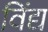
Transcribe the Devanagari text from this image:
विंद्य